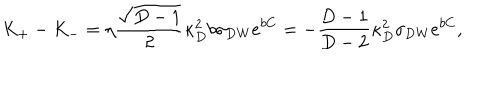
K _ { + } - K _ { - } = \eta { \frac { \sqrt { D - 1 } } { 2 } } \kappa _ { D } ^ { 2 } b \sigma _ { \mathrm { D W } } e ^ { b C } = - { \frac { D - 1 } { D - 2 } } \kappa _ { D } ^ { 2 } \sigma _ { \mathrm { D W } } e ^ { b C } ,